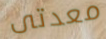
معدتى